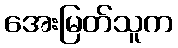
အေးမြတ်သူက